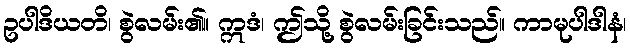
ဥပါဒိယတိ၊ စွဲလမ်း၏။ ဣဒံ၊ ဤသို့ စွဲလမ်းခြင်းသည်။ ကာမုပါဒါနံ၊